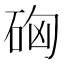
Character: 𥒚